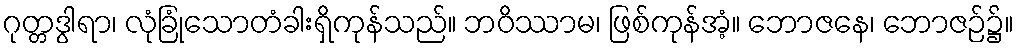
ဂုတ္တဒွါရာ၊ လုံခြုံသောတံခါးရှိကုန်သည်။ ဘဝိဿာမ၊ ဖြစ်ကုန်အံ့။ ဘောဇနေ၊ ဘောဇဉ်၌။